Development of the Leishman-Donovan parasite in Cimex rotundatus - Number 31
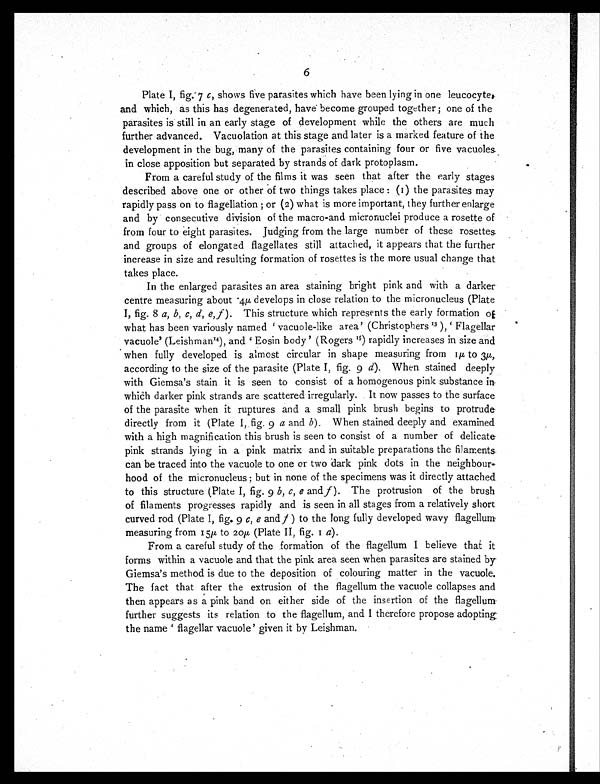
6
Plate I, fig. 7 c , shows five parasites which have been lying in one leucocyte,
and which, as this has degenerated, have become grouped together ; one of the
parasites is still in an early stage of development while the others are much
further advanced. Vacuolation at this stage and later is a marked feature of the
development in the bug, many of the parasites containing four or five vacuole
in close apposition but separated by strands of dark protoplasm.
From a careful study of the films it was seen that after the early stages
described above one or other of two things takes place : (1) the parasites may
rapidly pass on to flagellation ; or (2) what is more important, they further enlarge
and by consecutive division of the macro-and micronuclei produce a rosette of
from four to eight parasites. Judging from the large number of these rosettes.
and groups of elongated flagellates still attached, it appears that the further
increase in size and resulting formation of rosettes is the more usual change that
takes place.
In the enlarged parasites an area staining bright pink and with a darker
cent r e meas ur i ng about . 4µ devel ops i n cl os e r el at i on t o t he mi cr onucl eus ( Pl at e
I, fig. 8 a, b, c, d, e,f ). This structure which represents the early formation of
what has been variously named ' vacuole-like area' (Christophers 1 3
) , ' F l a g e l l a r
vacuole' (Leishman14), and 'Eosin body' (Rogers1 5
) r a p i d l y i n c r e a s e s i n s i z e a n d
when fully developed is almost circular in shape measuring from 1µ to 3µ,
according to the size of the parasite (Plate I, fig. 9 d). When stained deeply
with Giemsa's stain it is seen to consist of a homogenous pink substance in
which darker pink strands are scattered irregularly. It now passes to the surface
of the parasite when it ruptures and a small pink brush begins to protrude
directly from it (Plate I, fig. 9 a
and
b). When stained deeply and examined
with a high magnification this brush is seen to consist of a number of delicate
pink strands lying in a pink matrix and in suitable preparations the filaments
can be traced into the vacuole to one or two dark pink dots in the
n e i g h b o u r h o o d o f t h e m i c r o n u c l e u s ; b u t i n n o n e o f t h e s p e c i m e n s w a s i t d i r e c t l y a t t a c h e d
to this structure (Plate I, fig. 9 b, c, e and f ). The protrusion of the brush
of filaments progresses rapidly and is seen in all stages from a relatively short
curved rod (Plate I, fig. 9 c, e and f ) to the long fully developed wavy flagellum,
measuring from 15µ to 20µ (Plate II, fig. 1a ) .
From a careful study of the formation of the flagellum I believe that it
forms within a vacuole and that the pink area seen when parasites are stained by
Giemsa's method is due to the deposition of colouring matter in the vacuole.
The fact that after the extrusion of the flagellum the vacuole collapses and
then appears as a pink band on either side of the insertion of the flagellum
further suggests its relation to the flagellum, and I therefore propose adopting
t h e n a me ' f l a g e l l a r v a c u o l e ' g i v e n i t b y Le i s h ma n .